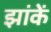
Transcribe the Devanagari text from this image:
झांकें